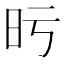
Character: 𣅙